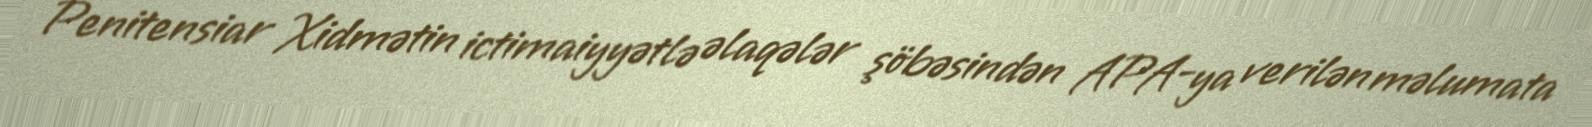
Penitensiar Xidmətin ictimaiyyətlə əlaqələr şöbəsindən APA-ya verilən məlumata